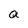
Character: a